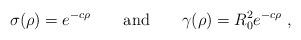
LaTeX: \begin{align*} \sigma(\rho) = e^{-c \rho} \quad \quad {\rm and} \quad\quad \gamma(\rho)= R_0^2 e^{-c \rho}~,\end{align*}